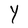
Character: Y